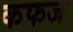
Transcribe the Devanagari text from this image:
कफज